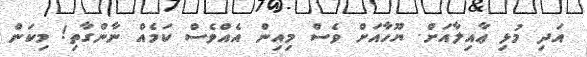
އަދި މުޅި ޢާއިލާއަށް. ޔޫހާއަށް ވެސް މިއިން އެއްވެސް ކަމެއް ނާންގާތި! މިކަން